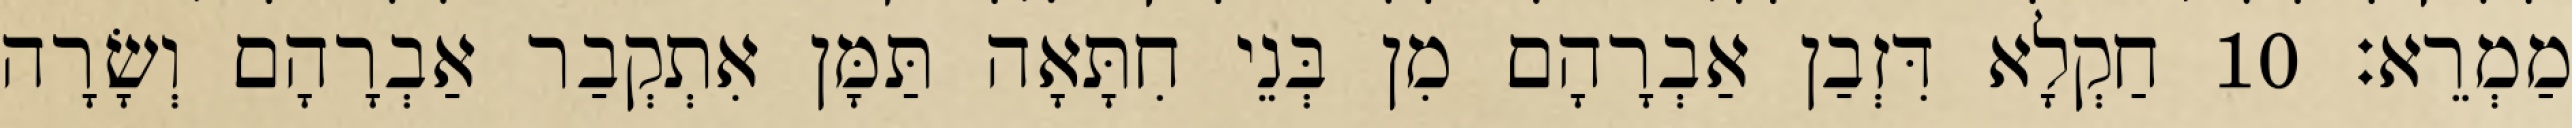
מַמְרֵא׃ 10 חַקְלָא דִּזְבַן אַבְרָהָם מִן בְּנֵי חִתָּאָה תַּמָּן אִתְקְבַר אַבְרָהָם וְשָׂרָה